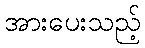
အားပေးသည့်